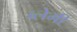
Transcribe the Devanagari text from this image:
ब्लेमी